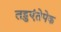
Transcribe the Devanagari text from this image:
तहुएंतेपेक